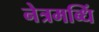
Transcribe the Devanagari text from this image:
नेत्रमब्धिं